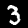
Label: 3